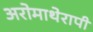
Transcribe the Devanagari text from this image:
अरोमाथेरापी